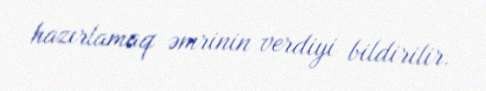
hazırlamaq əmrinin verdiyi bildirilir.